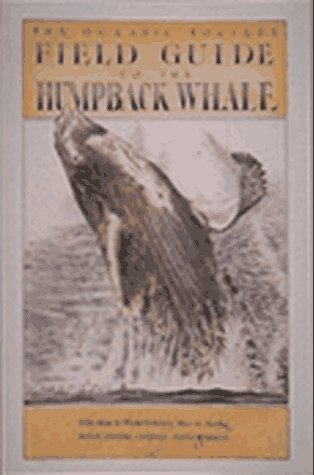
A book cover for Field Guide to the Humpback Whale: With Maps to Whale-Watching Sites in Alaska, British... (Sasquatch Field Guide Series); Oceanic Society; Sports & Outdoors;